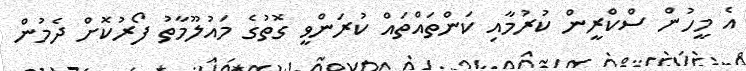
އެ މީހުން ސްކްރީން ކުރުމާއި ކަންތައްތައް ކުރަންވީ ގޮތުގެ މައުލޫމާތު ފޯރުކޮށް ދެމުން